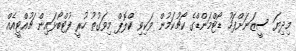
މިދިޔަ ސީޒަނަށްފަހު ޑޯޓްމަންޑްގެ ކޯޗުކަމުން ވަކިވި ކްލޮޕް މިވަގުތު ހުރީ ފުޓްބޯޅައިން ޗުއްޓީއެއް